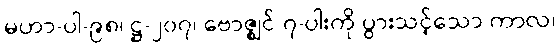
မဟာ-ပါ-၉၈၊ ဋ္ဌ-၂၀၇၊ ဗောဇ္ဈင် ၇-ပါးကို ပွားသင့်သော ကာလ၊